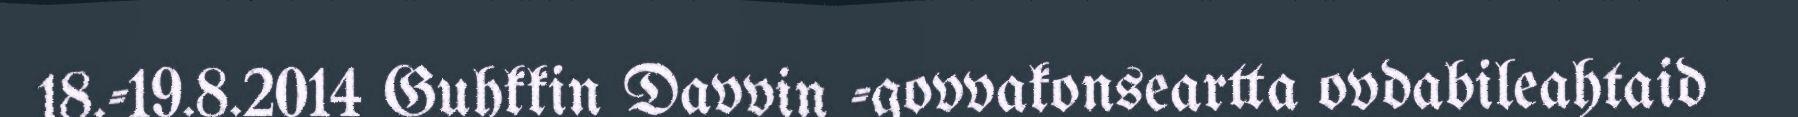
18.-19.8.2014 Guhkkin Davvin -govvakonseartta ovdabileahtaid